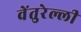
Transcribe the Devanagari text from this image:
वेंतुरेल्ली